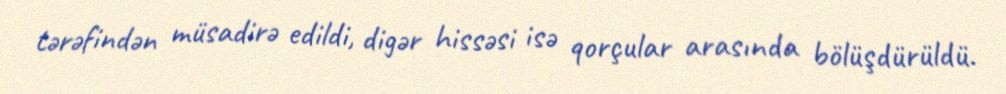
tərəfindən müsadirə edildi, digər hissəsi isə qorçular arasında bölüşdürüldü.